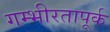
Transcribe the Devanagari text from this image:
गम्भीरतापूर्क